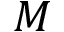
M